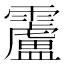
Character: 𩆴